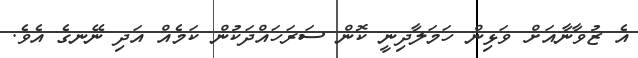
އެ ޒުވާނާއަށް ވަޅިން ހަމަލާދިނީ ކޮން ސަރަހައްދަކުން ކަމެއް އަދި ނޭނގެ އެވެ.